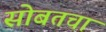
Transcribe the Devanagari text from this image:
सोबतचा